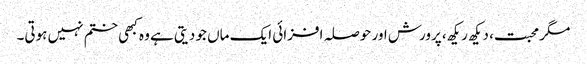
مگر محبت، دیکھ ریکھ، پرورش اور حوصلہ افزائی ایک ماں جو دیتی ہے وہ کبھی ختم نہیں ہوتی۔